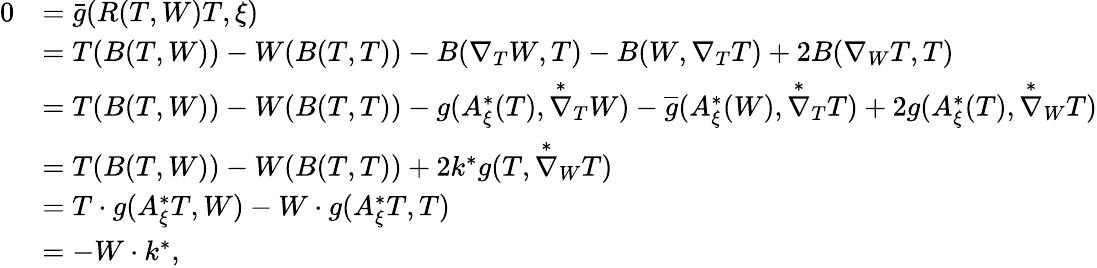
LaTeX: \begin{array}{rl}{0}&{=\bar{g}(R(T,W)T,\xi)}\\ &{=T(B(T,W))-W(B(T,T))-B(\nabla_{T}W,T)-B(W,\nabla_{T}T)+2B(\nabla_{W}T,T)}\\ &{=T(B(T,W))-W(B(T,T))-{g}(A_{\xi}^{*}(T),\overset{*}{\nabla}_{T}W)-\overline{{g}}(A_{\xi}^{*}(W),\overset{*}{\nabla}_{T}T)+2{g}(A_{\xi}^{*}(T),\overset{*}{\nabla}_{W}T)}\\ &{=T(B(T,W))-W(B(T,T))+2k^{*}{g}(T,\overset{*}{\nabla}_{W}T)}\\ &{=T\cdot{g}(A_{\xi}^{*}T,W)-W\cdot{g}(A_{\xi}^{*}T,T)}\\ &{=-W\cdot k^{*},}\end{array}